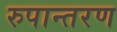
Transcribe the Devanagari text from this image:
रुपान्‍तरण